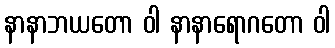
နာနာဘယတော ဝါ နာနာရောဂတော ဝါ